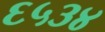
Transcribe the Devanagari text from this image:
६५३४